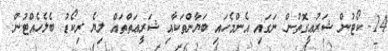
14- ކޯޓުން ޝަރުޢީގޮތުން ނަގައި އެންމެހައި ބަޔާންތަކާއި ޝަރީޢަތްތައް ލިޔެ ރިކޯޑު ބެލެހެއްޓުން.